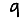
Digit: 9